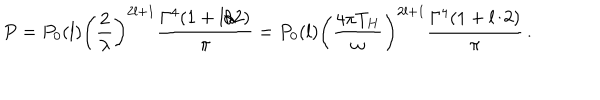
P = P _ { 0 } ( l ) \left( \frac { 2 } { \lambda } \right) ^ { 2 l + 1 } \frac { \Gamma ^ { 4 } ( 1 + l / 2 ) } { \pi } = P _ { 0 } ( l ) \left( \frac { 4 \pi T _ { H } } { \omega } \right) ^ { 2 l + 1 } \frac { \Gamma ^ { 4 } ( 1 + l / 2 ) } { \pi } \, .